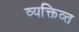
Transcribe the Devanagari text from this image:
व्यक्तिव्त